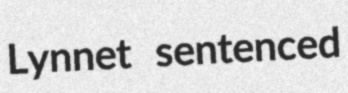
Lynnet sentenced